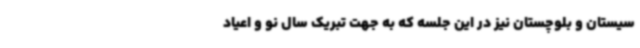
سیستان و بلوچستان نیز در این جلسه که به جهت تبریک سال نو و اعیاد